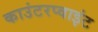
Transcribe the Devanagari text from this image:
काउंटरप्वाइंट